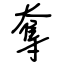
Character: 奪